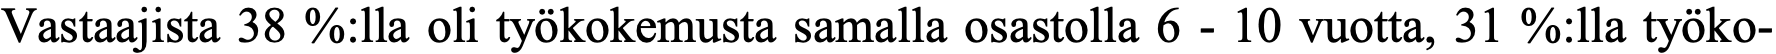
Vastaajista 38 %:lla oli työkokemusta samalla osastolla 6 - 10 vuotta, 31 %:lla työko-